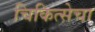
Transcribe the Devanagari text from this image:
चिकित्सेचा